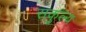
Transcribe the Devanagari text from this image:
सकुल्य